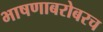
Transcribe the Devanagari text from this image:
भाषणाबरोबरच